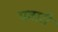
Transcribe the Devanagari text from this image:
पवारी